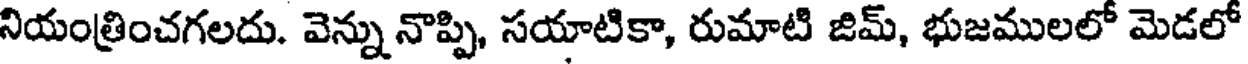
నియంత్రించగలదు. వెన్ను నొప్పి, సయాటికా, రుమాటి జిమ్, భుజములలో మెడలో